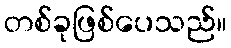
တစ်ခုဖြစ်ပေသည်။